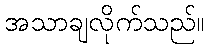
အသာချလိုက်သည်။